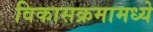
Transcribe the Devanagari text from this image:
विकासक्रमामध्ये